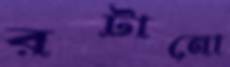
রটানো